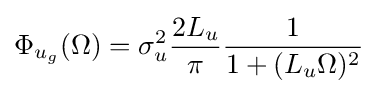
\Phi _{u_{g}}(\Omega )=\sigma _{u}^{2}{\frac {2L_{u}}{\pi }}{\frac {1}{1+(L_{u}\Omega )^{2}}}